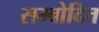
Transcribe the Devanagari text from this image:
सम्बोदित